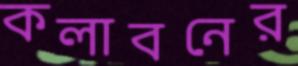
কলাবনের